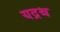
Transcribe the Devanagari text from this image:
यद्रश्च